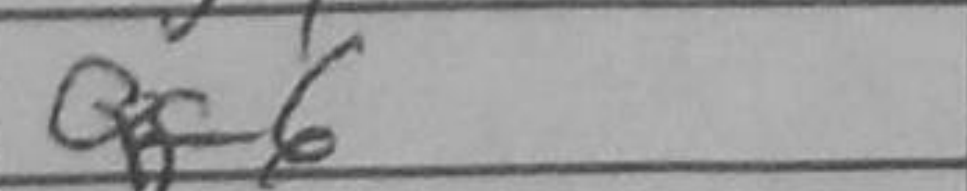
Transcription: Qf6